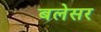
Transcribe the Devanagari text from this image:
बलेसर